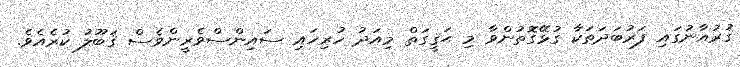
ޤުރުއާނުގައި ފަރުބަދަތަކާ ގުޅޭގޮތުންވާ މި ޙަޤީގަތް މިއަދު ހުރިހައި ސައިންސްވެރީންވެސް ޤަބޫލު ކުރެއެވެ.